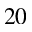
2 0 \AA